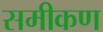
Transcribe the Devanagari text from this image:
समीकण